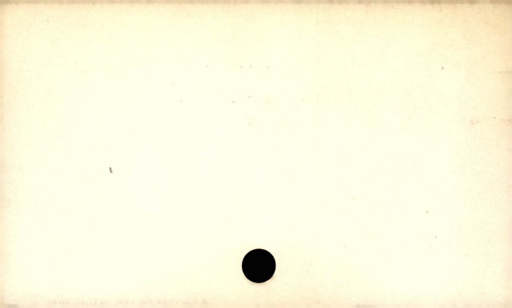
Label: blank